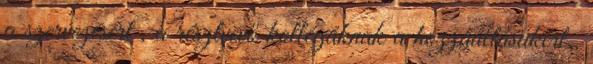
a szervezésért , a résztvevő kollégáknak a hozzáállásukért ,